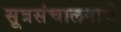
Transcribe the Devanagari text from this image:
सूत्रसंचालनाचे